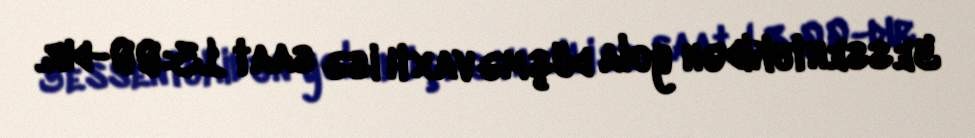
Yessentukidən yola düşmə vaxtı isə saat 13:00-dır.